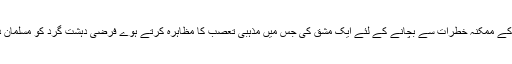
برطانیہ کے شہر مانچیسٹر کی پولیس نے عوام کو دہشت گرد حملے کے ممکنہ خطرات سے بچانے کے لئے ایک مشق کی جس میں مذہبی تعصب کا مظاہرہ کرتے ہوے فرضی دہشت گرد کو مسلمان دکھایا گیا جو اللہ اکبر کا نعرہ لگاتے ہوئے خود کش دھماکا کرتا ہے۔